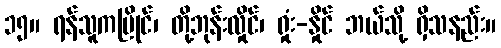
၁၅။ ရန်သူကပြိုင်၊ တို့ဘုန်းလှိုင်၊ ရှုံး-နှိုင် ဘယ်သို့ ရှိသနည်း။